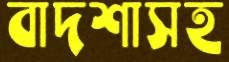
বাদশাসহ